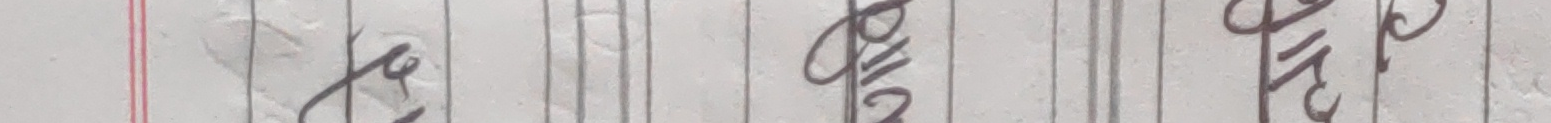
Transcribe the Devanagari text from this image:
वर्ष उच्